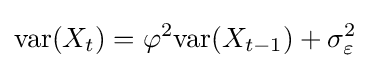
{\textrm {var}}(X_{t})=\varphi ^{2}{\textrm {var}}(X_{t-1})+\sigma _{\varepsilon }^{2}